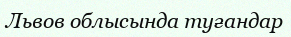
Львов облысында туғандар